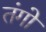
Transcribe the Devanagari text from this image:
तंगो